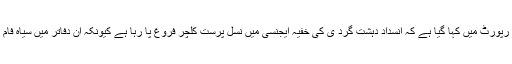
اخبار سنڈے ٹائمز کی ایک رپورٹ میں کہا گیا ہے کہ انسداد دہشت گرد ی کی خفیہ ایجنسی میں نسل پرست کلچر فروغ پا رہا ہے کیونکہ ان دفاتر میں سیاہ فام اور ایشین افراد بہت کم ہیں۔